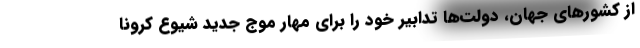
از کشورهای جهان، دولت‌ها تدابیر خود را برای مهار موج جدید شیوع کرونا